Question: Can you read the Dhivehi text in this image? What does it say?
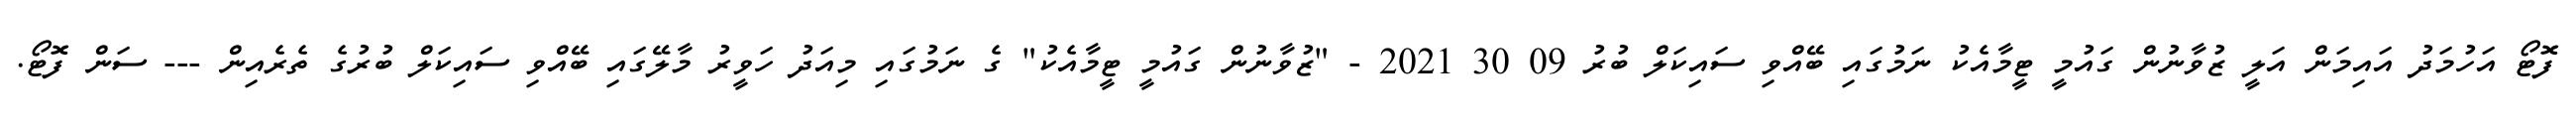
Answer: ފޮޓޯ އަހުމަދު އައިމަން އަލީ ޒުވާނުން ގައުމީ ޓީމާއެކު ނަމުގައި ބޭއްވި ސައިކަލް ބުރު 09 30 2021 - "ޒުވާނުން ގައުމީ ޓީމާއެކު" ގެ ނަމުގައި މިއަދު ހަވީރު މާލޭގައި ބޭއްވި ސައިކަލް ބުރުގެ ތެރެއިން --- ސަން ފޮޓޯ.